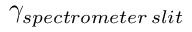
\gamma _ { s p e c t r o m e t e r \: s l i t }